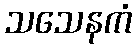
သသေနကံ